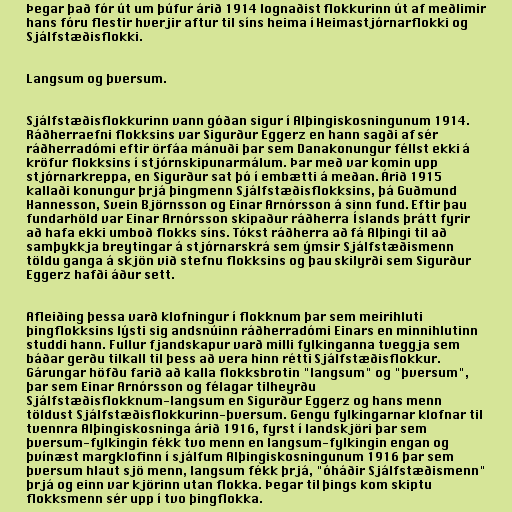
Þegar það fór út um þúfur árið 1914 lognaðist flokkurinn út af meðlimir
hans fóru flestir hverjir aftur til síns heima í Heimastjórnarflokki og
Sjálfstæðisflokki.

Langsum og þversum.

Sjálfstæðisflokkurinn vann góðan sigur í Alþingiskosningunum 1914.
Ráðherraefni flokksins var Sigurður Eggerz en hann sagði af sér
ráðherradómi eftir örfáa mánuði þar sem Danakonungur féllst ekki á
kröfur flokksins í stjórnskipunarmálum. Þar með var komin upp
stjórnarkreppa, en Sigurður sat þó í embætti á meðan. Árið 1915
kallaði konungur þrjá þingmenn Sjálfstæðisflokksins, þá Guðmund
Hannesson, Svein Björnsson og Einar Arnórsson á sinn fund. Eftir þau
fundarhöld var Einar Arnórsson skipaður ráðherra Íslands þrátt fyrir
að hafa ekki umboð flokks síns. Tókst ráðherra að fá Alþingi til að
samþykkja breytingar á stjórnarskrá sem ýmsir Sjálfstæðismenn
töldu ganga á skjön við stefnu flokksins og þau skilyrði sem Sigurður
Eggerz hafði áður sett.

Afleiðing þessa varð klofningur í flokknum þar sem meirihluti
þingflokksins lýsti sig andsnúinn ráðherradómi Einars en minnihlutinn
studdi hann. Fullur fjandskapur varð milli fylkinganna tveggja sem
báðar gerðu tilkall til þess að vera hinn rétti Sjálfstæðisflokkur.
Gárungar höfðu farið að kalla flokksbrotin "langsum" og "þversum",
þar sem Einar Arnórsson og félagar tilheyrðu
Sjálfstæðisflokknum-langsum en Sigurður Eggerz og hans menn
töldust Sjálfstæðisflokkurinn-þversum. Gengu fylkingarnar klofnar til
tvennra Alþingiskosninga árið 1916, fyrst í landskjöri þar sem
þversum-fylkingin fékk tvo menn en langsum-fylkingin engan og
þvínæst margklofinn í sjálfum Alþingiskosningunum 1916 þar sem
þversum hlaut sjö menn, langsum fékk þrjá, "óháðir Sjálfstæðismenn"
þrjá og einn var kjörinn utan flokka. Þegar til þings kom skiptu
flokksmenn sér upp í tvo þingflokka.